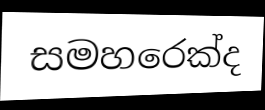
සමහරෙක්ද